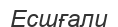
Есшғали